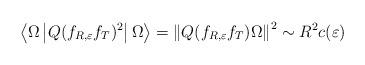
LaTeX: \begin{align*}\left\langle \Omega\left| Q(f_{R,\varepsilon}f_{T})^{2}\right|\Omega\right\rangle =\left\| Q(f_{R,\varepsilon}f_{T})\Omega\right\|^{2}\sim R^{2}c(\varepsilon)\end{align*}